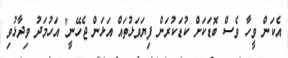
އެކަން ވީހާ ވެސް ބޮޑަކަށް ކުޑަކުރަން ފިޔަވަޅުތައް އަޅަން ޖެހޭނީ" އަހުމަދު ވިދާޅުވި